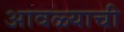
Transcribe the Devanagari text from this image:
आवळ्याची